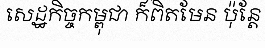
សេដ្ឋកិច្ចកម្ពុជា ក៏ពិតមែន ប៉ុន្តែ